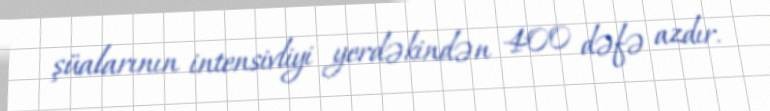
şüalarının intensivliyi yerdəkindən 400 dəfə azdır.